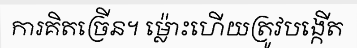
ការគិតច្រើន។ ម្ល៉ោះហើយត្រូវបង្កើត